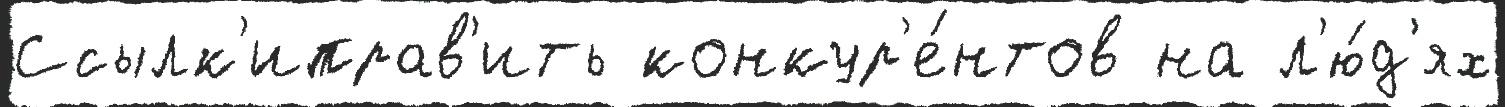
Ссылк'иправ'ить конкур'е́нтов на л'ю́д'ях